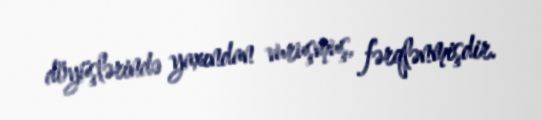
döyüşlərində yaxından vuruşmuş, fərqlənmişdir.